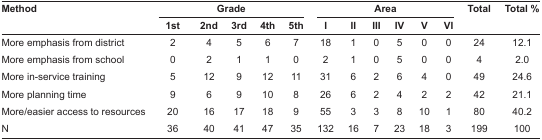
| <ROWSPAN=2> Method | <COLSPAN=5> Grade | <COLSPAN=6> Area | <ROWSPAN=2> Total | <ROWSPAN=2> Total % |
 | 1st | 2nd | 3rd | 4th | 5th | I | II | III | IV | V | VI |
 | --- | --- | --- | --- | --- | --- | --- | --- | --- | --- | --- | --- | --- | --- |
 | More emphasis from district | 2 | 4 | 5 | 6 | 7 | 18 | 1 | 0 | 5 | 0 | 0 | 24 | 12.1 |
 | More emphasis from school | 0 | 2 | 1 | 1 | 0 | 2 | 1 | 0 | 5 | 0 | 0 | 4 | 2.0 |
 | More in-service training | 5 | 12 | 9 | 12 | 11 | 31 | 6 | 2 | 6 | 4 | 0 | 49 | 24.6 |
 | More planning time | 9 | 6 | 9 | 10 | 8 | 26 | 6 | 2 | 4 | 2 | 2 | 42 | 21.1 |
 | More/easier access to resources | 20 | 16 | 17 | 18 | 9 | 55 | 3 | 3 | 8 | 10 | 1 | 80 | 40.2 |
 | N | 36 | 40 | 41 | 47 | 35 | 132 | 16 | 7 | 23 | 18 | 3 | 199 | 100 |